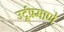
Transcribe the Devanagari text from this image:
उर्दूप्रमाणे